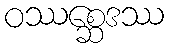
ဝဿစ္ဆေဒဿ